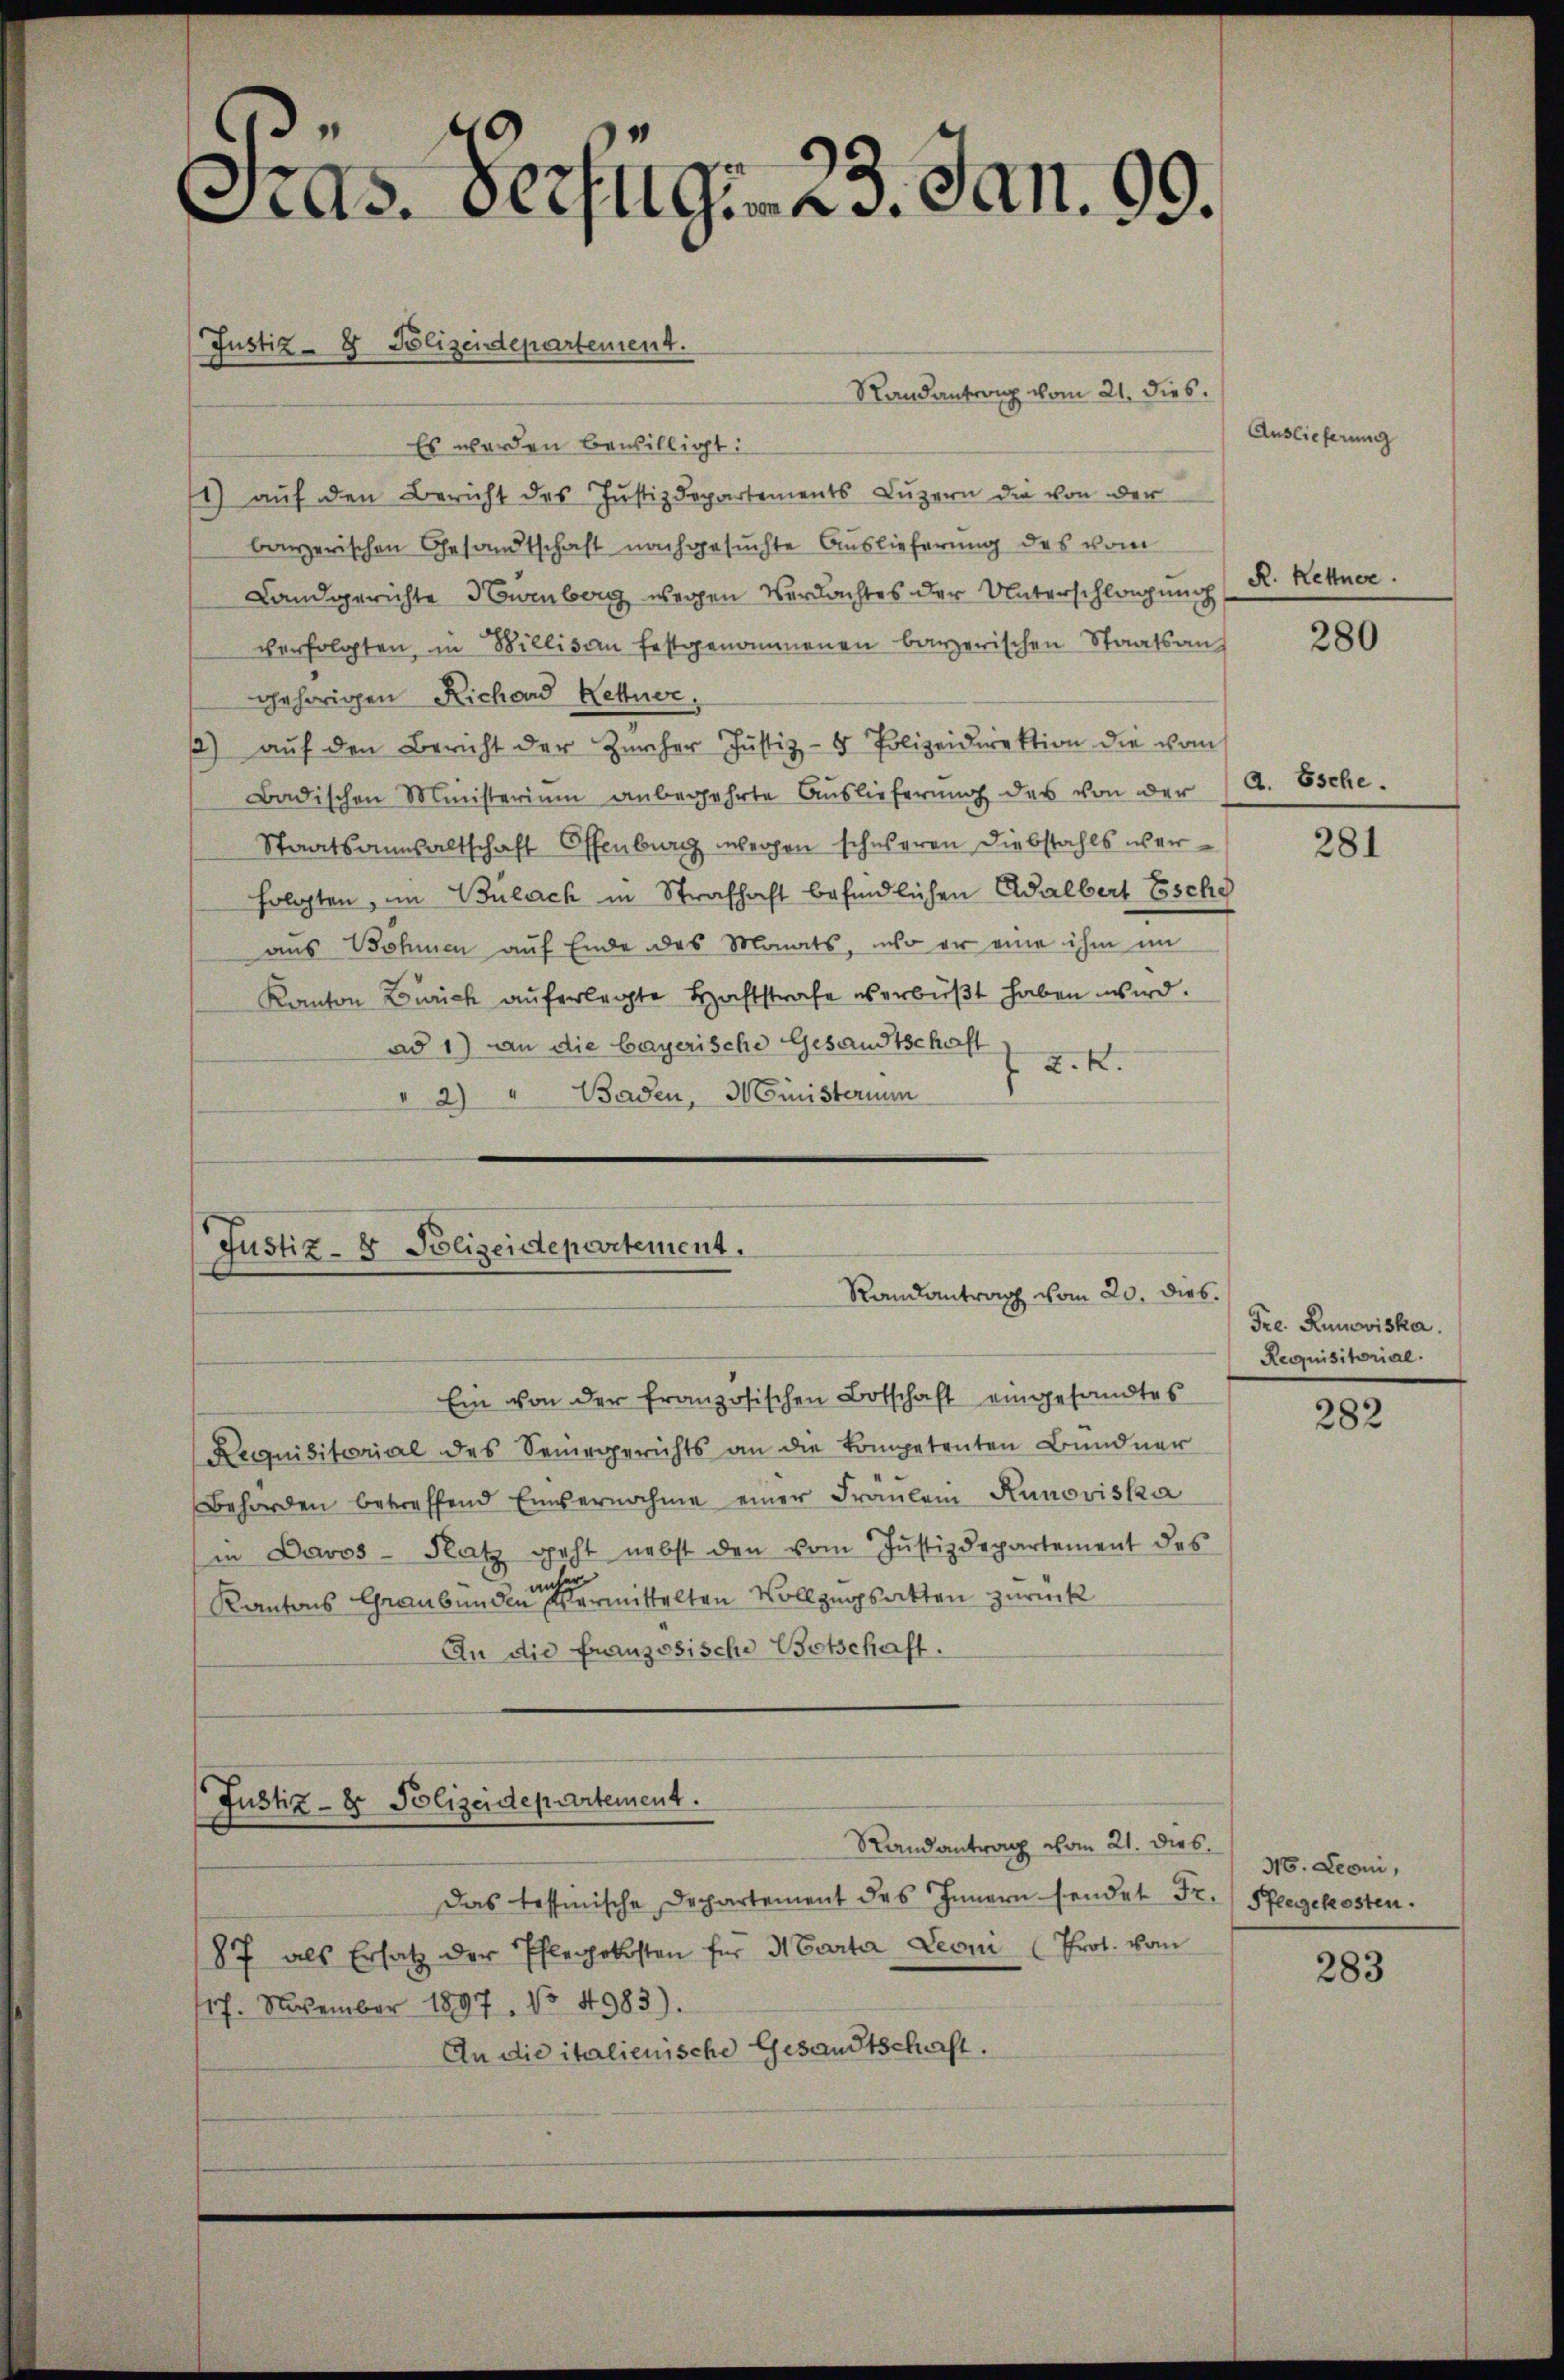
as. Verfug. 23. Jan. 99.

Randantrag vom 21. dies.
Es werden bewilligt:
1) auf den Bericht des Justizdepartements Luzern die von der
banzerischen Gesandtschaft nachgesuchte Auslieferung des vom
Landgerichte Nowenberg wegen Verdachtes der Unterschlagung (R. Kettner.
verfolgten, in Billis an festgenommenen barzerischen Staatsans
gehörigen Richard Kettner,
1) aŭf den Bericht der Zürcher Justiz- & Polizeidirektion die vom
Badischen Ministerium anbegehrte Auslieferung des von der
Staatsanwaltschaft Offenburg wegen schweren Diebstahls werfolgten, im Bülach in Strafhaft befindlichen Adalbert Esche
aus Wohnen auf Ende des Monats, wo er eine ihm im
Kanton Zürich auferlegte Haftstrafe verbüßt haben wird.
ad 1) an die bayerische Gesandtschaft
L.K.
" 2) " Baden, Ministerium

Justiz- & Polizeidepartement.

Justiz- & Polizeidepartement.
Randantrag vom 20. d.
Ein von der französischen Botschaft eingesandtes

es.

Requisitorial des Seegerichts an die kompetenten Bündner
Behörden betreffend Einvernahme einer Fraŭlein Runoviska
in Davos- Platz geht nebst den vom Justizdepartement des
r
an
Kantons Graubünden Vermittelten Vollzugsatten zurück
An die französische Botschaft.
Justiz- & Polizeidepartement.
Randantrag vom 21. dies
Das tessimische Dechartement des Innern sendet Fr. Pflegekosten.
87 als Ersatz der Pflegekosten für Marta Leoni (Prot. vom
17. November 1897. No 4983).
An die italienische Gesandtschaft.

Auslieferung

280

d. Esche.

281

Fre. Rumoviska
Requisitorial.

282

36. Leoni,

283